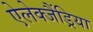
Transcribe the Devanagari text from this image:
ऐलेक्जैंड्रिया